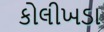
કોલીખડા